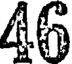
46